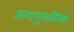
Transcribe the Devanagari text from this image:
अनानुगामिक